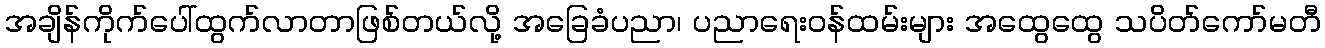
အချိန်ကိုက်ပေါ်ထွက်လာတာဖြစ်တယ်လို့ အခြေခံပညာ၊ ပညာရေးဝန်ထမ်းများ အထွေထွေ သပိတ်ကော်မတီ